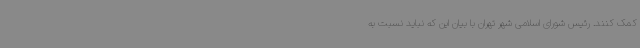
کمک کنند. رئیس شورای اسلامی شهر تهران با بیان این که نباید نسبت به